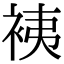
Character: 𧙣